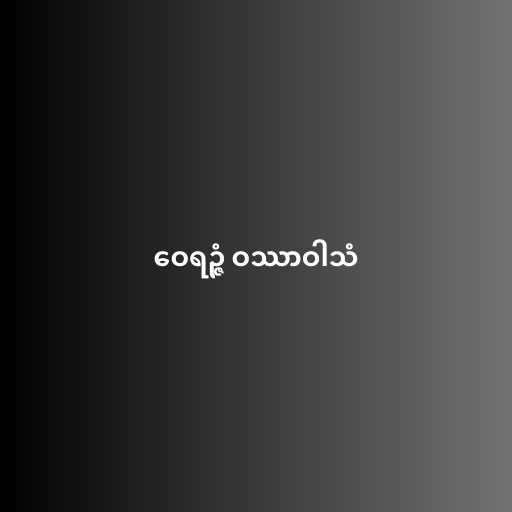
ဝေရဉ္ဇံ ဝဿာဝါသံ